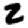
Digit: 2